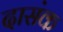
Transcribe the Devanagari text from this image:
दासंक